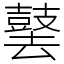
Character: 䵽